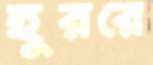
হুররে